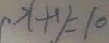
x + y = 1 0